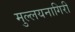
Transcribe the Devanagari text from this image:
मुल्लयनागिरी